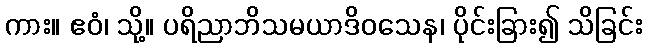
ကား။ ဧဝံ၊ သို့။ ပရိညာဘိသမယာဒိဝသေန၊ ပိုင်းခြား၍ သိခြင်း